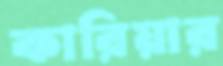
কারিয়ার